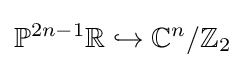
{\mathbb {P} }^{2n-1}{\mathbb {R} }\hookrightarrow {\mathbb {C} }^{n}/{\mathbb {Z} }_{2}